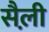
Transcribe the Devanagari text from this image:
सैल़ी